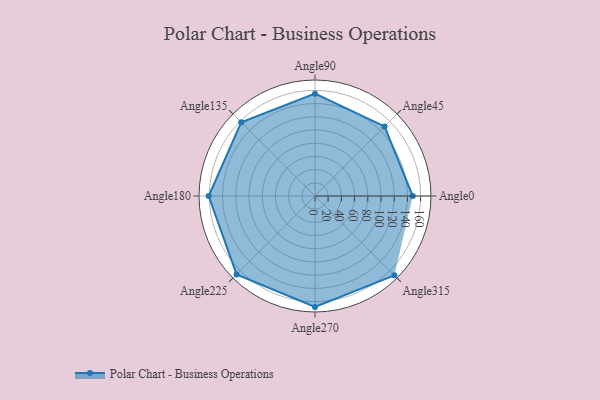
{"axis": {"x": "Angle", "y": "Radius"}, "legend": [""], "data": [{"x": "Angle0", "y": 148.0, "type": ""}, {"x": "Angle45", "y": 149.0, "type": ""}, {"x": "Angle90", "y": 155.0, "type": ""}, {"x": "Angle135", "y": 158.0, "type": ""}, {"x": "Angle180", "y": 161.0, "type": ""}, {"x": "Angle225", "y": 168.0, "type": ""}, {"x": "Angle270", "y": 168.0, "type": ""}, {"x": "Angle315", "y": 170, "type": ""}]}